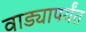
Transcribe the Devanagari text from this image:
वाड्यापर्यंत